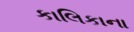
કાલિકાના